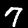
Label: 7